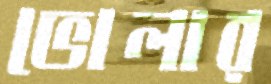
ভোলার